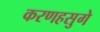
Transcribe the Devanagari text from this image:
करणहसुगे